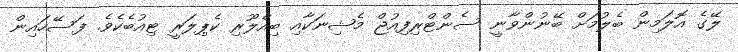
ލޭގެ އޮލަމިން ބެލުމަށް ބޭނުންވާނީ ސެންޓްރިފިއުޖް މެޝިނަކާއި ބިއްލޫރި ކެޕިލަރީ ޓިއުބެކެވެ. ފަސޭހައިން